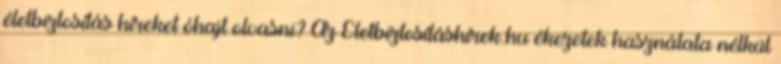
életbiztosítás híreket óhajt olvasni? Az Életbiztosításhírek.hu ékezetek használata nélkül